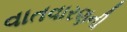
વાતવારણની